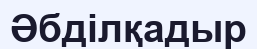
Әбділқадыр